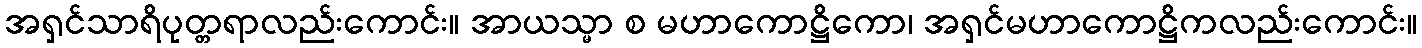
အရှင်သာရိပုတ္တရာလည်းကောင်း။ အာယသ္မာ စ မဟာကောဋ္ဌိကော၊ အရှင်မဟာကောဋ္ဌိကလည်းကောင်း။